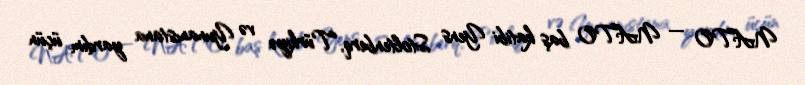
NATO — NATO baş katibi Yens Stoltenberq, Türkiyə və Yunanıstana yardım üçün